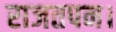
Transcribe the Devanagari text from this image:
राजतपन।